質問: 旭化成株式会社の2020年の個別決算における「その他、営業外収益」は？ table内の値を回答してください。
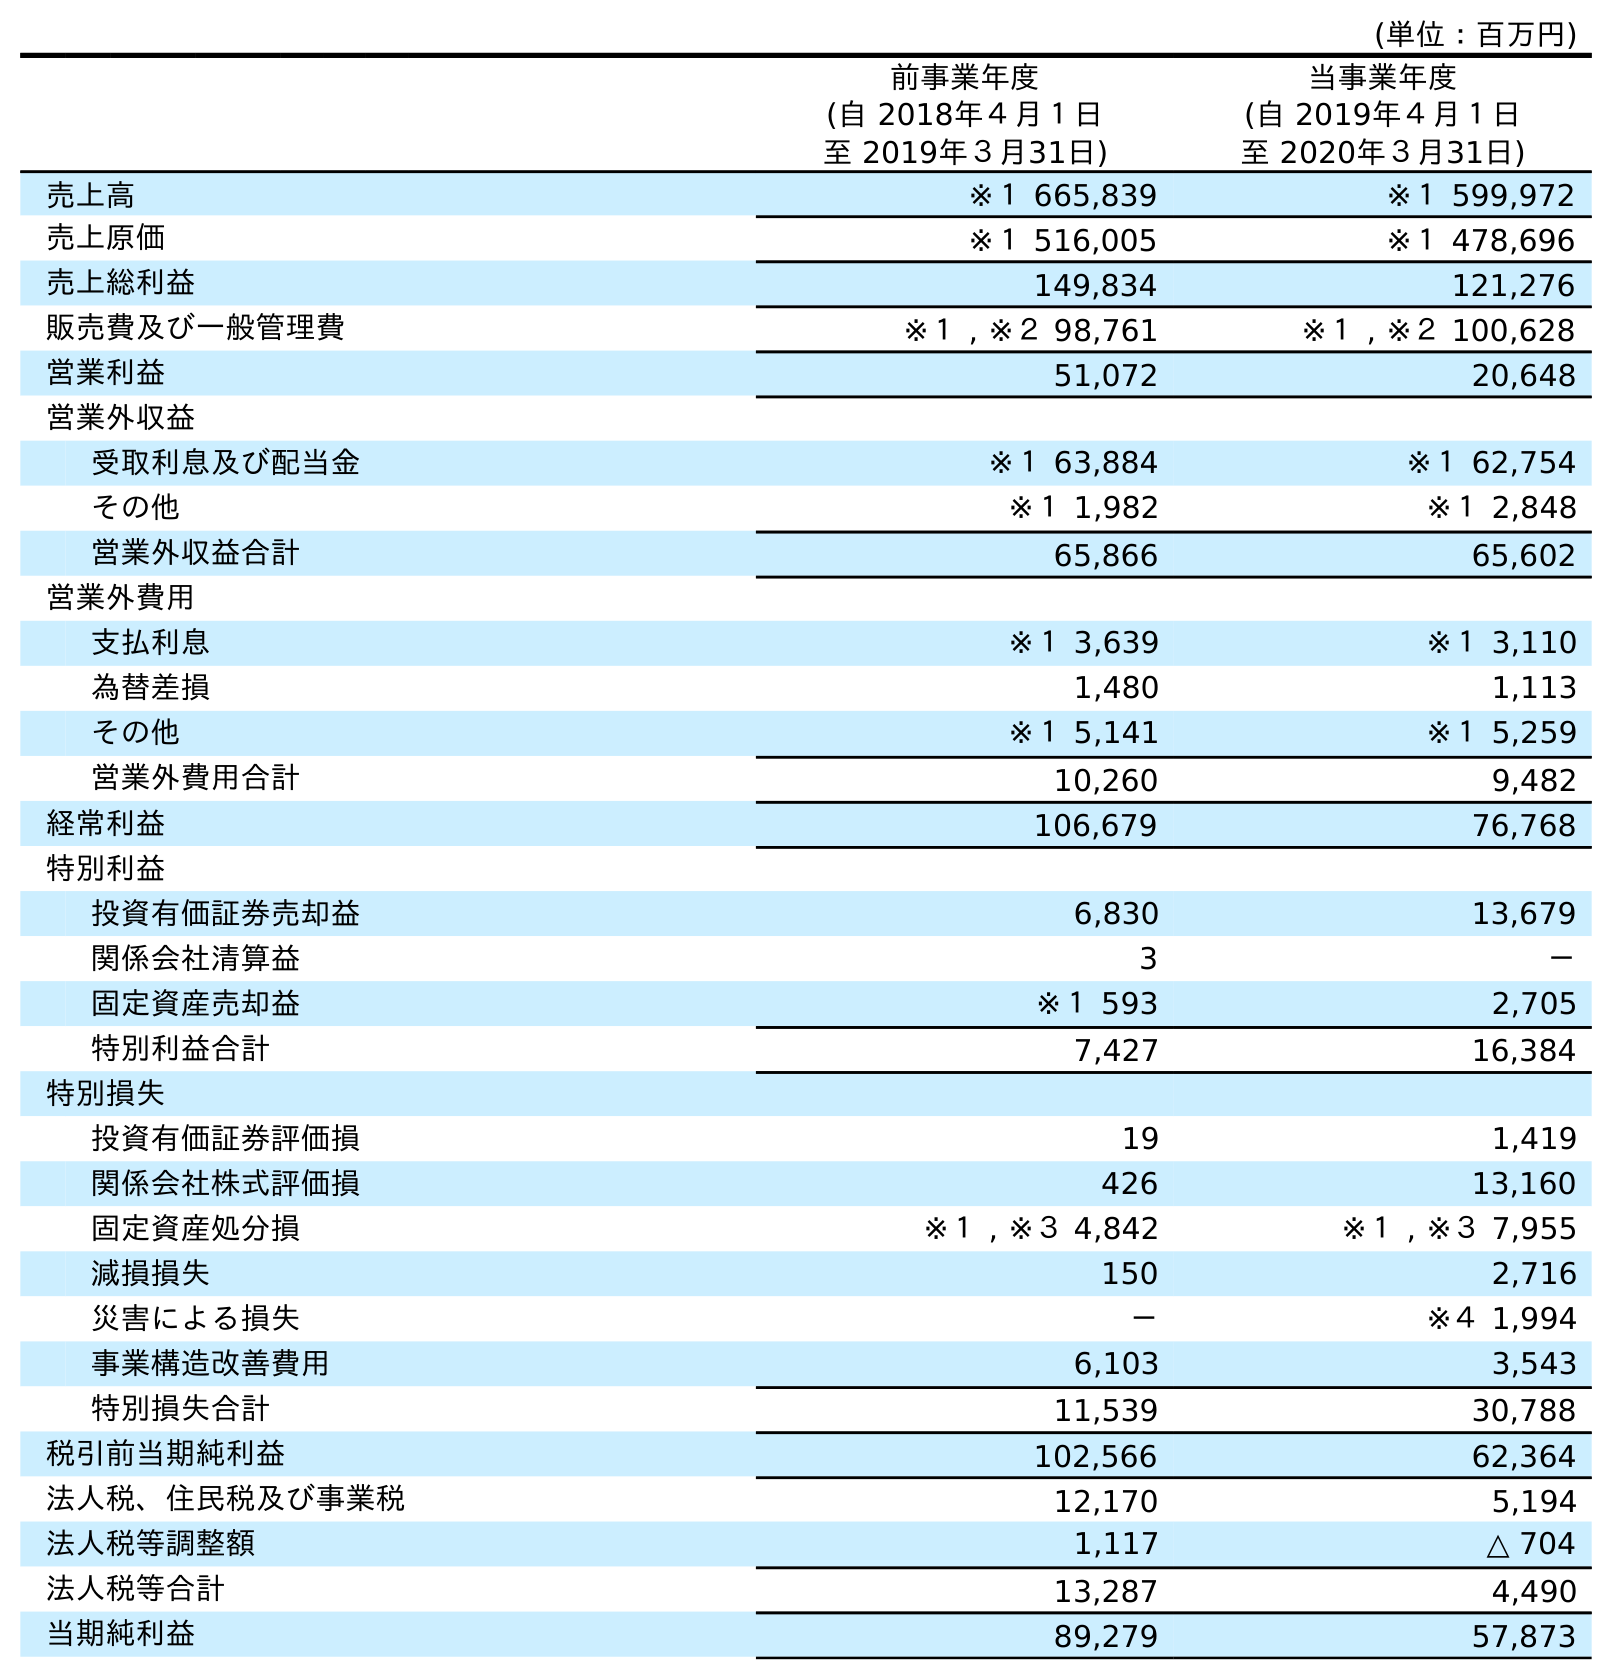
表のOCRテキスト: (単位：百万円) 前事業年度 (自 2018年４月１日 至 2019年３月31日) 当事業年度 (自 2019年４月１日 至 2020年３月31日) 売上高 ※１ 665,839 ※１ 599,972 売上原価 ※１ 516,005 ※１ 478,696 売上総利益 149,834 121,276 販売費及び一般管理費 ※１ , ※２ 98,761 ※１ , ※２ 100,628 営業利益 51,072 20,648 営業外収益 受取利息及び配当金 ※１ 63,884 ※１ 62,754 その他 ※１ 1,982 ※１ 2,848 営業外収益合計 65,866 65,602 営業外費用 支払利息 ※１ 3,639 ※１ 3,110 為替差損 1,480 1,113 その他 ※１ 5,141 ※１ 5,259 営業外費用合計 10,260 9,482 経常利益 106,679 76,768 特別利益 投資有価証券売却益 6,830 13,679 関係会社清算益 3 － 固定資産売却益 ※１ 593 2,705 特別利益合計 7,427 16,384 特別損失 投資有価証券評価損 19 1,419 関係会社株式評価損 426 13,160 固定資産処分損 ※１ , ※３ 4,842 ※１ , ※３ 7,955 減損損失 150 2,716 災害による損失 － ※４ 1,994 事業構造改善費用 6,103 3,543 特別損失合計 11,539 30,788 税引前当期純利益 102,566 62,364 法人税、住民税及び事業税 12,170 5,194 法人税等調整額 1,117 △ 704 法人税等合計 13,287 4,490 当期純利益 89,279 57,873
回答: ※１2,848